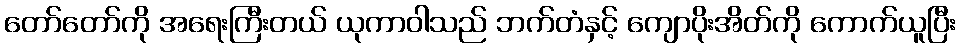
တော်တော်ကို အရေးကြီးတယ် ယုကာဝါသည် ဘက်တံနှင့် ကျောပိုးအိတ်ကို ကောက်ယူပြီး